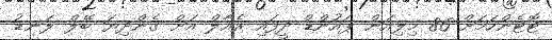
ޓޮޓެންހަމަށް 86 މިލިއަން ޕައުންޑް ދީފައި ރެއާލް އަށް ގެންދިޔަ ބޭލް ލަނޑު